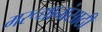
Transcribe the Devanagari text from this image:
मरूद्यानांसाठी